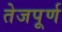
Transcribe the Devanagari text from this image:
तेजपूर्ण